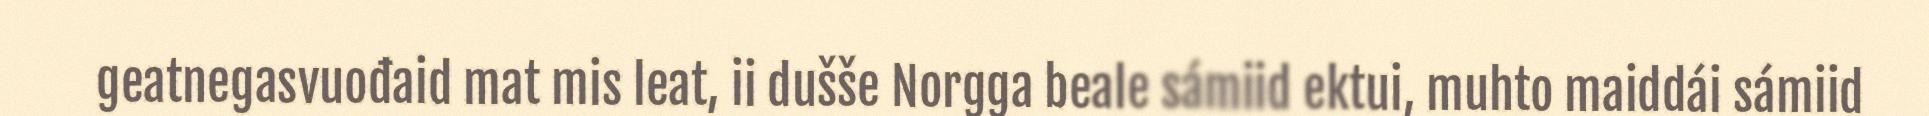
geatnegasvuođaid mat mis leat, ii dušše Norgga beale sámiid ektui, muhto maiddái sámiid